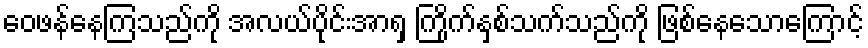
ဝေဖန်နေကြသည်ကို အလယ်ပိုင်းအာရှ ကြိုက်နှစ်သက်သည်ကို ဖြစ်နေသောကြောင့်